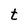
Character: t